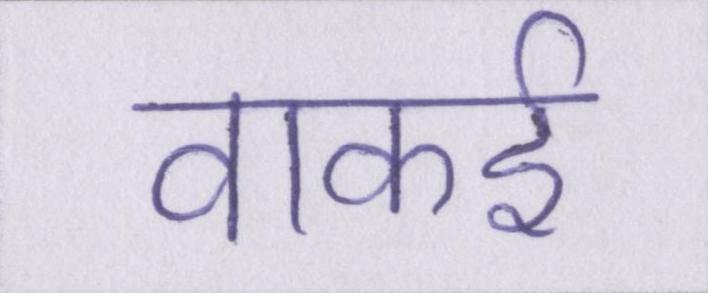
वाकई